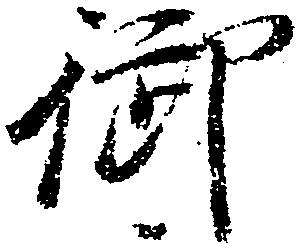
御